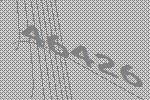
46426